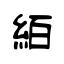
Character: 絔